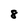
Character: 8